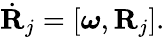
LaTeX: \begin{array}{r}{\dot{\mathbf R}_{j}=[\boldsymbol{\omega},{\mathbf R}_{j}].}\end{array}